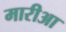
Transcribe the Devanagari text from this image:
मारीआ